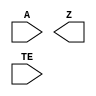
module sky130_fd_sc_hs__einvp (
    //# {{data|Data Signals}}
    input  A ,
    output Z ,

    //# {{control|Control Signals}}
    input  TE
);

    // Voltage supply signals
    supply1 VPWR;
    supply0 VGND;

endmodule